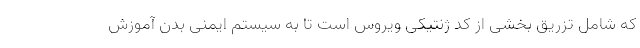
که شامل تزریق بخشی از کد ژنتیکی ویروس است تا به سیستم ایمنی بدن آموزش